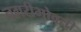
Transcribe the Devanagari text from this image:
नगरीभोवती